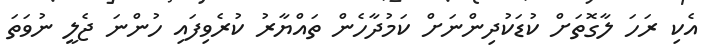
އެކި ރަހަ ލާގޮތަށް ކުޑަކުދިންނަށް ކަމުދާހެން ތައްޔާރު ކުރެވިފައި ހުންނަ ޖެލީ ނުވަތަ